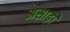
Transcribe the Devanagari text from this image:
असाढ़ी